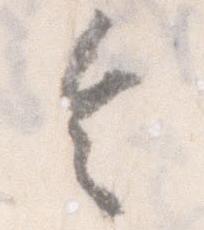
令